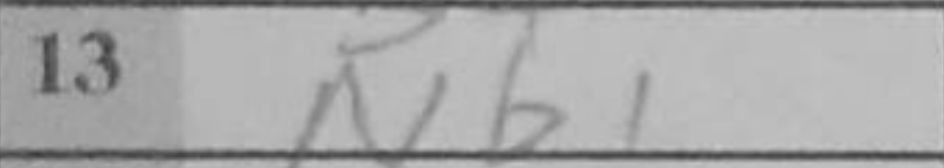
Transcription: Nb1